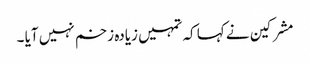
مشرکین نے کہا کہ تمہیں زیادہ زخم نہیں آیا ۔